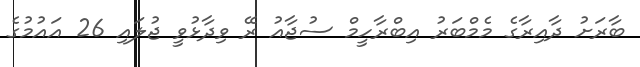
ބާރަށު ދާއިރާގެ މެމްބަރު އިބްރާހީމް ސުޖާއު ރޭ ވިދާޅުވީ ޖުލައި 26 އައުމުގެ